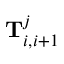
\mathrm { \bf T } _ { i , i + 1 } ^ { j }